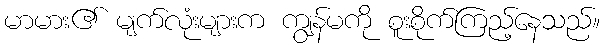
မာမား၏ မျက်လုံးများက ကျွန်မကို စူးစိုက်ကြည့်နေသည်။